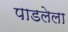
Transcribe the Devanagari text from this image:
पाडलेला